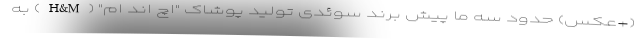
(+عکس) حدود سه ما پیش برند سوئدی تولید پوشاک "اچ اند ام" (H&M) به